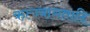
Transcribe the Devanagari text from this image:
ऋत्ज्वागतादि